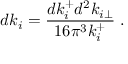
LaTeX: d k _ { i } = { \frac { d k _ { i } ^ { + } d ^ { 2 } k _ { i \perp } } { 1 6 \pi ^ { 3 } k _ { i } ^ { + } } } \; .